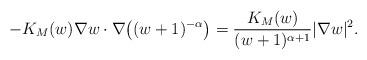
LaTeX: \begin{align*}-K_M(w)\nabla w\cdot\nabla\big((w+1)^{-\alpha}\big)=\frac{K_M(w)}{(w+1)^{\alpha+1}}|\nabla w|^2.\end{align*}